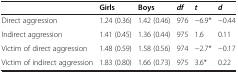
<table><thead><tr><td></td><td><b>Girls</b></td><td><b>Boys</b></td><td><b><i>df</i></b></td><td><b><i>t</i></b></td><td><b><i>d</i></b></td></tr></thead><tbody><tr><td>Direct aggression</td><td>1.24 (0.36)</td><td>1.42 (0.46)</td><td>976</td><td>−6.9*</td><td>−0.44</td></tr><tr><td>Indirect aggression</td><td>1.41 (0.45)</td><td>1.36 (0.44)</td><td>975</td><td>1.6</td><td>0.11</td></tr><tr><td>Victim of direct aggression</td><td>1.48 (0.59)</td><td>1.58 (0.56)</td><td>974</td><td>−2.7*</td><td>−0.17</td></tr><tr><td>Victim of indirect aggression</td><td>1.83 (0.80)</td><td>1.66 (0.73)</td><td>975</td><td>3.6*</td><td>0.22</td></tr></tbody></table>